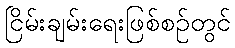
ငြိမ်းချမ်းရေးဖြစ်စဉ်တွင်